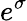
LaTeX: e^{\sigma}